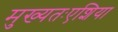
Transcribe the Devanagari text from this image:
मुख्यतःएशिया